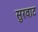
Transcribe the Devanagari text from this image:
सुरवाट